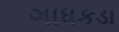
ગાધકડા